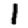
Digit: 1